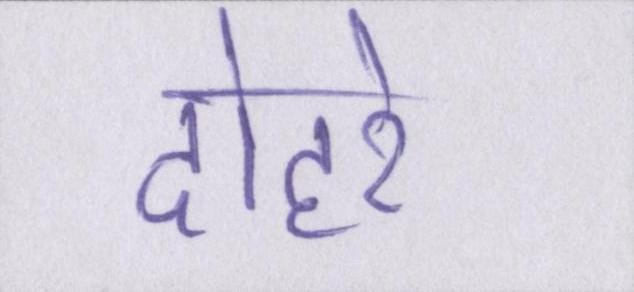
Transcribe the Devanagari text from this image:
दोहरे